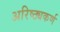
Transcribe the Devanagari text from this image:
अरिष्ठ्यकर्ण